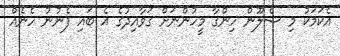
އެކަމަކު މި ސެލޫން ހިންގާ މީހުންނަށް ގަވާއިދުގެ އެ ބައި ފެނުނު ހެނެއް